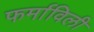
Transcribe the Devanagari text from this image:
फर्माविली